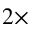
2 \times